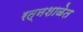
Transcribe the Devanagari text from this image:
रत्नशाळेत